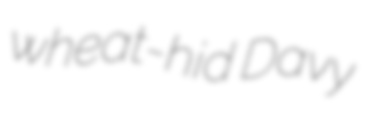
wheat-hid Davy